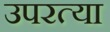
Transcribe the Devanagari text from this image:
उपरत्या